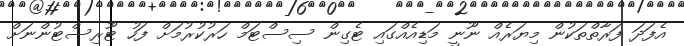
އެފަދަ ފަރާތްތަކުން މިޔަރެއް ނޫނީ މަޑިއެއްގައި ޓެގިން ސިސްޓަމް ހަރުކުރުމަށް ފަހު ޓޫރިސްޓުންނަށް